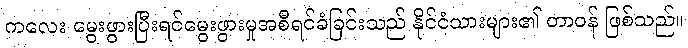
ကလေး မွေးဖွားပြီးရင်မွေးဖွားမှုအစီရင်ခံခြင်းသည် နိုင်ငံသားများ၏ တာဝန် ဖြစ်သည်။